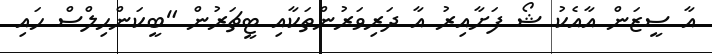
އާ ސީޒަން އާއެކު ޝޯ ފަށާއިރު އާ ދަރިވަރުންތަކާއި ޓީޗަރުން "ބީކަންހިލްސް ހައި